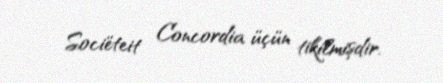
Sociëteit Concordia üçün tikilmişdir.